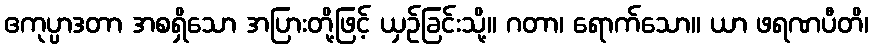
ဧကုပ္ပာဒတာ အစရှိသော အပြားတို့ဖြင့် ယှဉ်ခြင်းသို့။ ဂတာ၊ ရောက်သော။ ယာ ဖရဏပီတိ၊